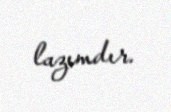
lazımdır.